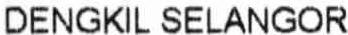
DENGKIL SELANGOR